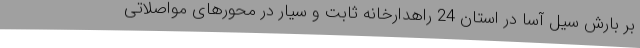
بر بارش سیل آسا در استان 24 راهدارخانه ثابت و سیار در محورهای مواصلاتی